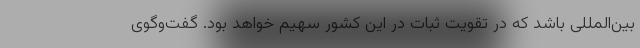
بین‌المللی باشد که در تقویت ثبات در این کشور سهیم خواهد بود. گفت‌وگوی